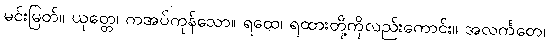
မင်းမြတ်။ ယုတ္တေ၊ ကအပ်ကုန်သော။ ရထေ၊ ရထားတို့ကိုလည်းကောင်း။ အလင်္ကတေ၊